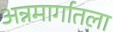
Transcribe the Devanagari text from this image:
अन्नमार्गातला